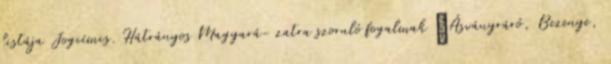
listája Jogcímcs. Hátrányos Magyará- zatra szoruló fogalmak ▪Ásványráró, Bezenye,